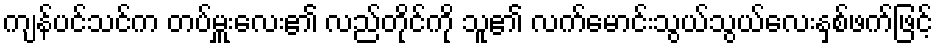
ကျန်ပင်သင်က တပ်မှူးလေး၏ လည်တိုင်ကို သူ၏ လက်မောင်းသွယ်သွယ်လေးနှစ်ဖက်ဖြင့်